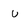
Character: u